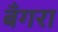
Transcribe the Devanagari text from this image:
बँगरा